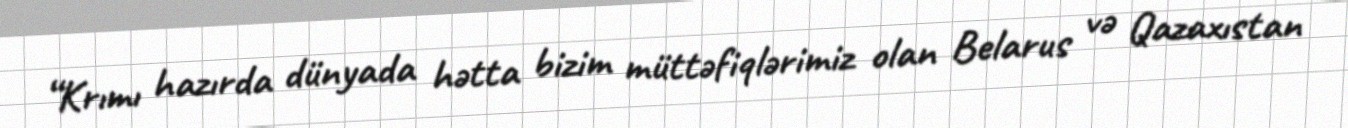
“Krımı hazırda dünyada hətta bizim müttəfiqlərimiz olan Belarus və Qazaxıstan